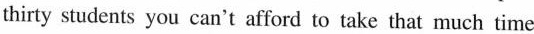
thirty students you can't afford to take that much time